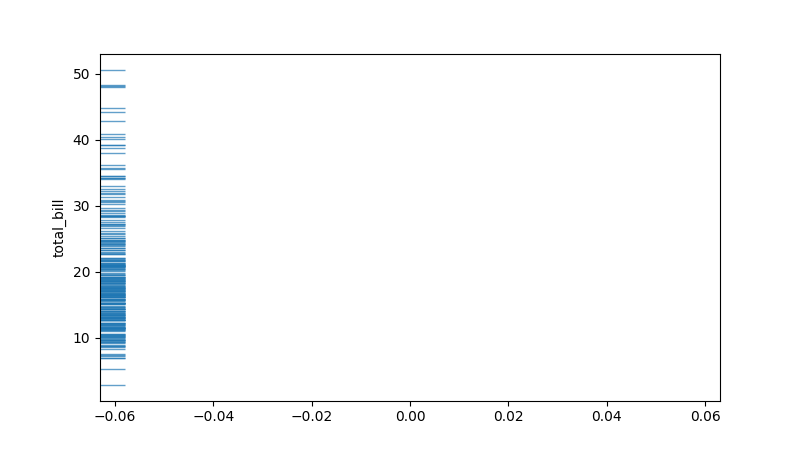
python, seaborn, rugplot, height=0.04, axis='y', alpha=0.7